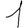
Digit: 1